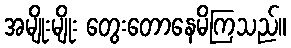
အမျိုးမျိုး တွေးတောနေမိကြသည်။